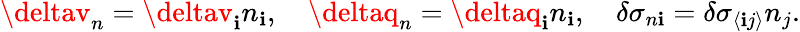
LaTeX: \deltav_{n}=\deltav_{\mathbf{i}}n_{\mathbf{i}},\quad\deltaq_{n}=\deltaq_{\mathbf{i}}n_{\mathbf{i}},\quad\delta\sigma_{n\mathbf{i}}=\delta\sigma_{\langle\mathbf{i}j\rangle}n_{j}.